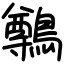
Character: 鷷